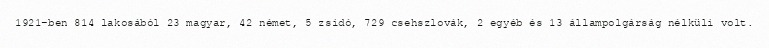
1921-ben 814 lakosából 23 magyar, 42 német, 5 zsidó, 729 csehszlovák, 2 egyéb és 13 állampolgárság nélküli volt.